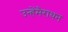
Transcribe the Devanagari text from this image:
उन्हेंमैराथन